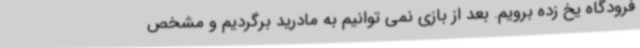
فرودگاه یخ زده برویم. بعد از بازی نمی توانیم به مادرید برگردیم و مشخص